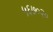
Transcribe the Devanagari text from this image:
५६७०२०